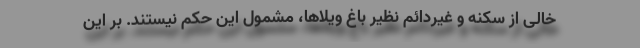
خالی از سکنه و غیردائم نظیر باغ ویلاها، مشمول این حکم نیستند. بر این